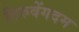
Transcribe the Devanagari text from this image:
तिरुवेंगदम